Scientific memoirs by medical officers of the Army of India - Part III,
Year: 1887
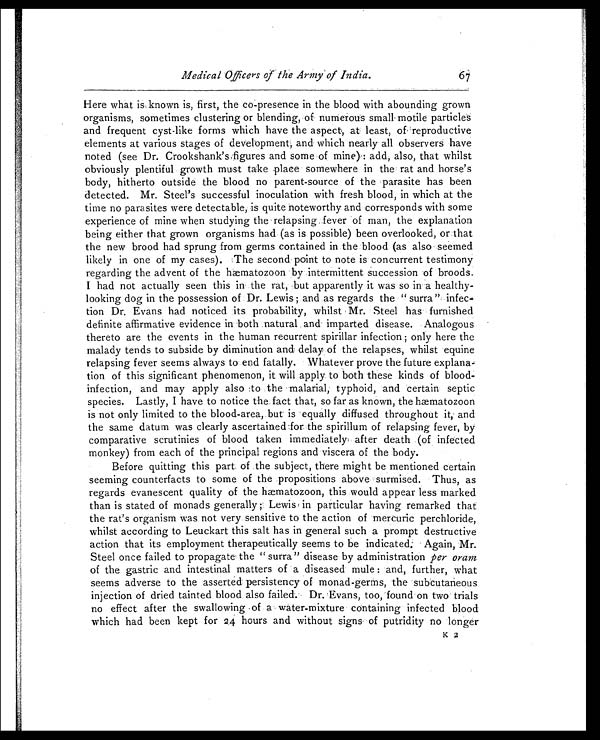
Medical Officers of the Army of India. 6 7
Here what is known is, first, the co-presence in the blood with abounding grown
organisms, sometimes clustering or blending, of numerous small motile particles
and frequent cyst-like forms which have the aspect, at least, of reproductive
elements at various stages of development, and which nearly all observers have
noted (see Dr. Crookshanks figures and some of mine): add, also, that whilst
obviously plentiful growth must take place somewhere in the rat and horse's
body, hitherto outside the blood no parent-source of the parasite has been
detected. Mr. Steel's successful inoculation with fresh blood, in which at the
time no parasites were detectable, is quite noteworthy and corresponds with some
experience of mine when studying the relapsing fever of man, the explanation
being either that grown organisms had (as is possible) been overlooked, or that
the new brood had sprung from germs contained in the blood (as also seemed
likely in one of my cases). The second point to note is concurrent testimony
regarding the advent of the hæmatozoon by intermittent succession of broods.
I had not actually seen this in the rat, but apparently it was so in a healthy-
looking dog in the possession of Dr. Lewis; and as regards the "surra"
i n f e c - t i o n D r . E v a n s h a d n o t i c e d i t s p r o b a b i l i t y , w h i l s t M r . S t e e l h a s f u r n i s h e d
definite affirmative evidence in both natural and imparted disease. Analogous
thereto are the events in the human recurrent spirillar infection; only here the
malady tends to subside by diminution and delay of the relapses, whilst equine
relapsing fever seems always to end fatally. Whatever prove the future explana
-tion of this significant phenomenon, it will apply to both these kinds of blood-
infection, and may apply also to the malarial, typhoid, and certain septic
species. Lastly, I have to notice the fact that, so far as known, the hæmatozoon
is not only limited to the blood-area, but is equally diffused throughout it, and
the same datum was clearly ascertained for the spirillum of relapsing fever, by
comparative scrutinies of blood taken immediately after death (of infected
monkey) from each of the principal regions and viscera of the body.
Before quitting this part of the subject, there might be mentioned certain
seeming counterfacts to some of the propositions above surmised. Thus, as
regards evanescent quality of the hæmatozoon, this would appear less marked
than is stated of monads generally; Lewis in particular having remarked that
the rat's organism was not very sensitive to the action of mercuric perchloride,
whilst according to Leuckart this salt has in general such a prompt destructive
action that its employment therapeutically seems to be indicated Again, Mr.
Steel once failed to propagate the "surra" disease by administration per oram
of the gastric and intestinal matters of a diseased mule: and, further, what
seems adverse to the asserted persistency of monad-germs, the subcutaneous
injection of dried tainted blood also failed. Dr. Evans, too, found on two trials
no effect after the swallowing of a water-mixture containing infected blood
which had been kept for 24 hours and without signs of putridity no longer